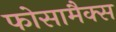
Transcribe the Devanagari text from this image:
फोसामैक्स